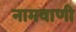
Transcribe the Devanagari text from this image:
नामवाणी